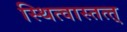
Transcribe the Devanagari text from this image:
स्थित्वास्तत्त्